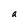
Character: a